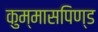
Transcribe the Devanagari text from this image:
कुम्मासपिण्ड